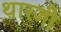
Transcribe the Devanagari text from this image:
थारजी